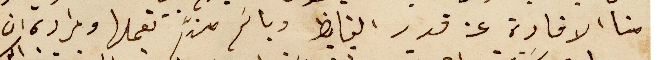
منا الافادة عن قدر الفايظ وباسَم من تعملها ومراده ان